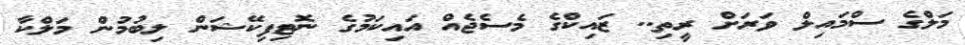
މަލްގެ ސްމައިލް ވަރަށް ރީތިި.. ޒައިކްގެ މެސެޖެއް އައިކަމުގެ ނޮޓިފިކޭޝަން ލިބުމުން މަލްކާ